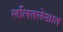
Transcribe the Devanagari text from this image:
ललितलेखात